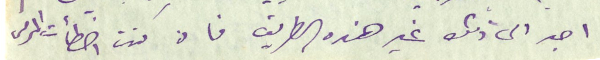
اجد الى ذلك غير هذه الطريق فان كنت اخطأت المرمى